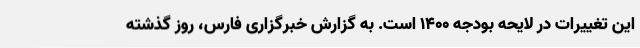
این تغییرات در لایحه بودجه ۱۴۰۰ است. به گزارش خبرگزاری فارس، روز گذشته